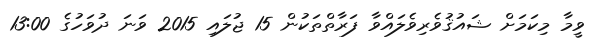
ވީމާ މިކަމަށް ޝައުޤުވެރިވެލައްވާ ފަރާތްތަކުން 15 ޖުލައި 2015 ވަނަ ދުވަހުގެ 13:00